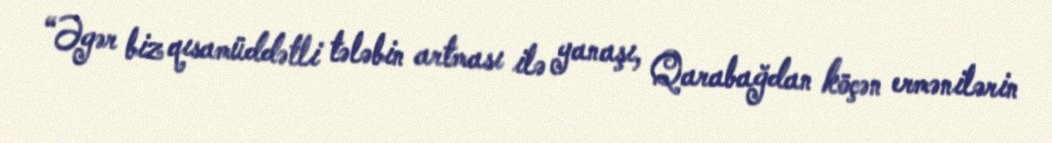
“Əgər biz qısamüddətli tələbin artması ilə yanaşı, Qarabağdan köçən ermənilərin